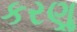
કરણૢ